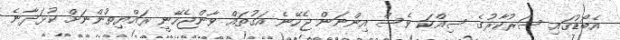
އެބޯޑުގައި ސަރުކާރުގެ ސިއްކަ ވެސް އިންނަން ޖެހޭނެ އަގުތައް ވާންޖެހޭނީ ރައްޔިތުންނަށް ކުޅަދާނެ